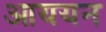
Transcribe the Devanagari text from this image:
आययन